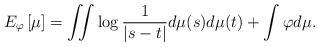
LaTeX: \begin{align*} E_\varphi\left[\mu\right] = \iint \log \frac{1}{|s-t|} d\mu(s) d\mu(t)+ \int \varphi d\mu. \end{align*}